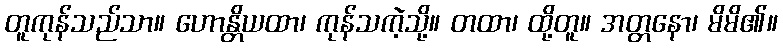
တူကုန်သည်သာ။ ဟောန္တိယထာ၊ ကုန်သကဲ့သို့။ တထာ၊ ထို့တူ။ အတ္တနော၊ မိမိ၏။